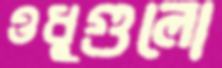
ওধুগুলো